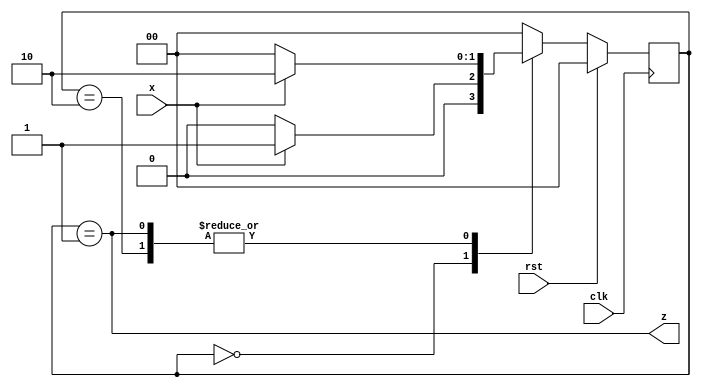
`timescale 1ns / 1ps
//////////////////////////////////////////////////////////////////////////////////
// Company: 
// Engineer: 
// 
// Design Name: 
// Module Name: RisingEdgeDetector
// Project Name: 
// Target Devices: 
// Tool Versions: 
// Description: 
// 
// Dependencies: 
// 
// Revision:
// Revision 0.01 - File Created
// Additional Comments:
// 
//////////////////////////////////////////////////////////////////////////////////


module RisingEdgeDetector(input clk, rst, x, output z);

reg[1:0] state, next_state;
parameter [1:0] a = 2'b00, b = 2'b01, c = 2'b10;

always @ (state, x) begin
case(state)
a: if(x==0) next_state = a;
else next_state = b;
b: if(x==0) next_state = a;
else next_state = c;
c: if(x==0) next_state = a;
else next_state = c;
default: next_state = a;
endcase
end

always @ (posedge clk) begin
if(rst == 1) state <= a;
else state <= next_state;
end

assign z = (state == b);

endmodule